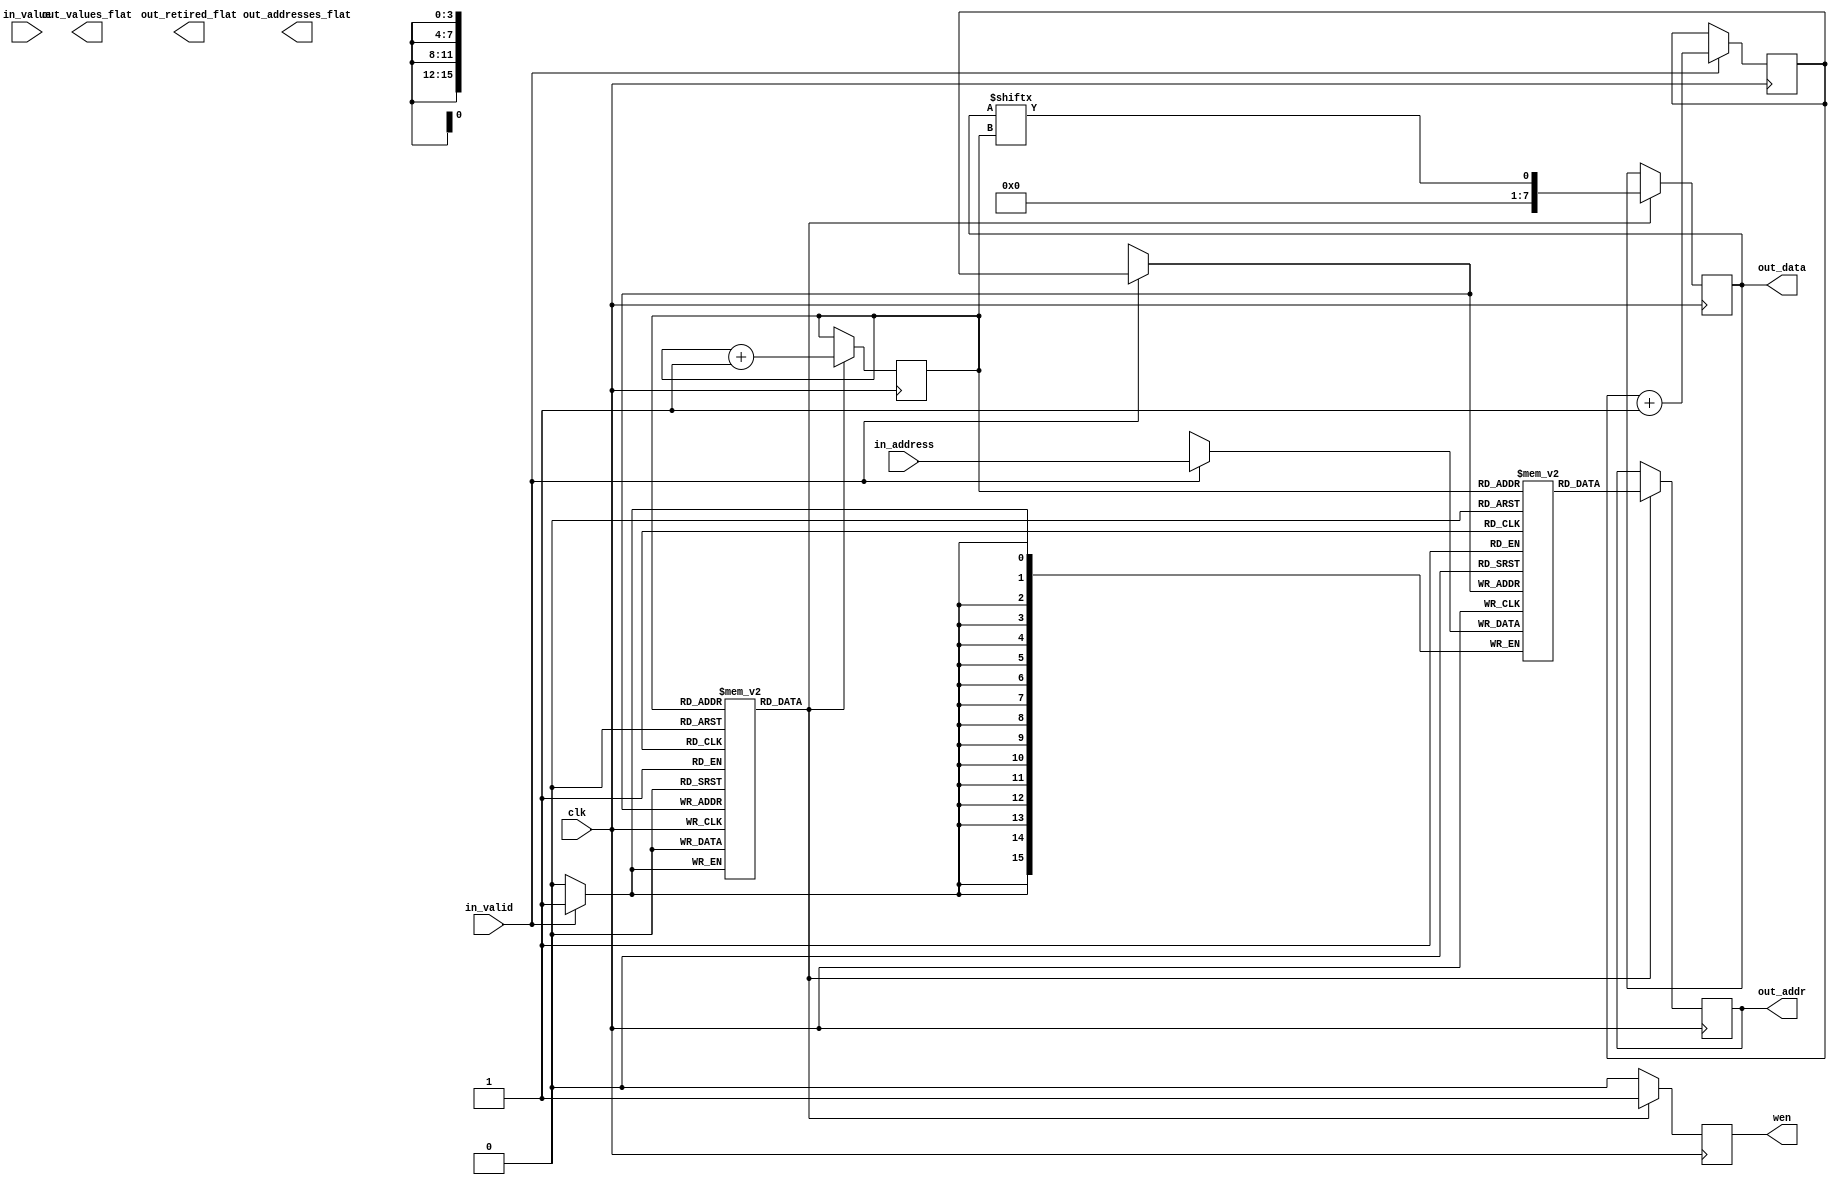
module StoreBuffer
(input clk,
input in_valid, input [15:0] in_address, input [7:0] in_value,
output wen, output [15:0] out_addr, output [7:0] out_data,
output [256:0] out_addresses_flat, output [128:0] out_values_flat, output [16:0] out_retired_flat); 
    
    reg [3:0] head = 0;
    reg [3:0] tail = 0;

    reg [15:0] m_addresses[0:15];
    reg [7:0] m_values[0:15];
    reg m_retired[0:15];

    reg m_wen;
    reg [15:0] m_out_addr;
    reg [7:0] m_out_data;

    assign wen = m_wen;
    assign out_addr = m_out_addr;
    assign out_data = m_out_data;
    
    // siddh pls flatten the outputs lol

    always @(posedge clk) begin 
        if (in_valid) begin 
            m_addresses[head] <= in_address;
            m_values[head] <= in_value;
            m_retired[head] <= 0;
            head <= head + 1;
        end

        if(m_retired[tail]) begin 
            m_wen <= 1;
            m_out_addr <= m_addresses[tail];
            m_out_data <= m_out_data[tail];
            tail <= tail + 1;
        end
        else begin 
            m_wen <= 0;
        end
    end

endmodule